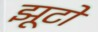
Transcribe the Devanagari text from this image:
झूटो